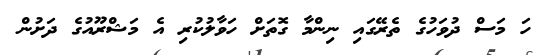
ހަ މަސް ދުވަހުގެ ތެރޭގައި ނިންމާ ގޮތަށް ހަވާލުކުރި އެ މަޝްރޫއުގެ ދަށުން